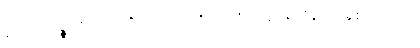
ဣမာခေါပဉ္စ၊ ဤငါးပါးတို့တည်း။ ဣတိ၊ ဤသို့။ အဝေါစ၊ မိန့်တော်မူ၏။ စတုတ္ထံ၊